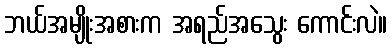
ဘယ်အမျိုးအစားက အရည်အသွေး ကောင်းလဲ။